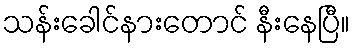
သန်းခေါင်နားတောင် နီးနေပြီ။